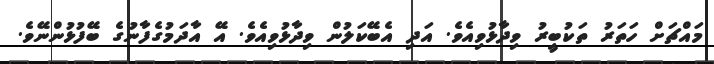
މައްޗަށް ހަތަރު ތަކުބީރު ވިދާޅުވިއެވެ. އަދި އެބޭކަލުން ވިދާޅުވިއެވެ. އޭ އާދަމުގެފާނުގެ ބޭފުޅުންނޭވެ.